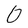
Character: 0